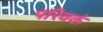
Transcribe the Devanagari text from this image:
परिवकं